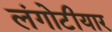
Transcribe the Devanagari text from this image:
लंगोटीयार